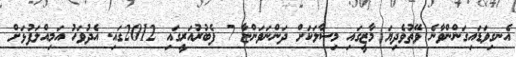
އެނގިވަަޑައިގަންންވާނެ ވޭތުވެދިޔަ މާޒީގައި މިސާލަކަށް ދަންނަވަންޏާ 7 ފެބުރުއަރީގައި 2012ގައި. އެދުވަހު އަމިއްލަފުޅަށް